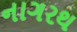
નાગરથ